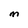
Character: M